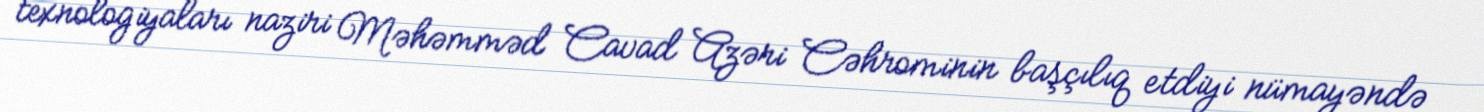
texnologiyaları naziri Məhəmməd Cavad Azəri Cəhrominin başçılıq etdiyi nümayəndə